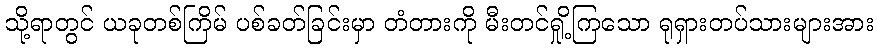
သို့ရာတွင် ယခုတစ်ကြိမ် ပစ်ခတ်ခြင်းမှာ တံတားကို မီးတင်ရှို့ကြသော ရုရှားတပ်သားများအား